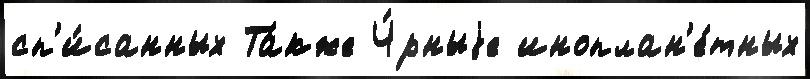
сп'и́санных Та́кже Ч́рныjе иноплан'е́тных